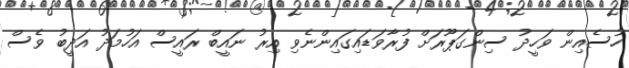
ހުސެއިން ވަހީދު ސިންގަޕޫރަށް ފުރާވަޑައިގައިންނެވި އިރު ނައީބް ރައީސް އަހުމަދު އަދީބު ވެސް